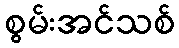
စွမ်းအင်သစ်